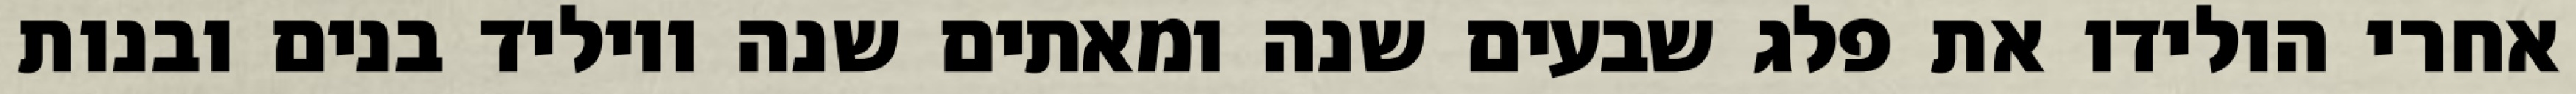
אחרי הולידו את פלג שבעים שנה ומאתים שנה ויוליד בנים ובנות